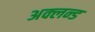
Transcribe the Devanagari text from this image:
अक्लन्ड